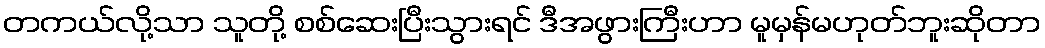
တကယ်လို့သာ သူတို့ စစ်ဆေးပြီးသွားရင် ဒီအဖွားကြီးဟာ မူမှန်မဟုတ်ဘူးဆိုတာ